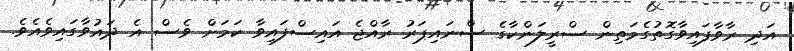
އަދި ރާވާފައިވާގޮތުގެމަތިން ސްރީލަންކާގެ ސްނައިޕަރު ރާއްޖެ އައިސްފައިވާ ކަމަށް ވެސް އެ ދައުވާގައިވެއެވެ.